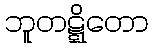
ဘူတဋ္ဋိတော